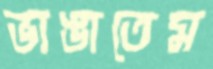
ভাঙাতেম